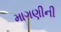
માગણીની